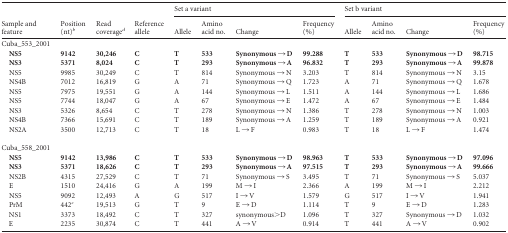
<table><thead><tr><td rowspan="2"><b>Sample and feature</b></td><td rowspan="2"><b>Position (nt)<sup><i>b</i></sup></b></td><td rowspan="2"><b>Read coverage<sup><i>d</i></sup></b></td><td rowspan="2"><b>Reference allele</b></td><td colspan="4"><b>Set a variant</b></td><td colspan="4"><b>Set b variant</b></td></tr><tr><td><b>Allele</b></td><td><b>Amino acid no.</b></td><td><b>Change</b></td><td><b>Frequency (%)</b></td><td><b>Allele</b></td><td><b>Amino acid no.</b></td><td><b>Change</b></td><td><b>Frequency (%)</b></td></tr></thead><tbody><tr><td>Cuba_553_2001</td><td></td><td></td><td></td><td></td><td></td><td></td><td></td><td></td><td></td><td></td><td></td></tr><tr><td><b>NS5</b></td><td><b>9142</b></td><td><b>30,246</b></td><td><b>C</b></td><td><b>T</b></td><td><b>533</b></td><td><b>Synonymous → D</b></td><td><b>99.288</b></td><td><b>T</b></td><td><b>533</b></td><td><b>Synonymous → D</b></td><td><b>98.715</b></td></tr><tr><td><b>NS3</b></td><td><b>5371</b></td><td><b>8,024</b></td><td><b>C</b></td><td><b>T</b></td><td><b>293</b></td><td><b>Synonymous → A</b></td><td><b>96.832</b></td><td><b>T</b></td><td><b>293</b></td><td><b>Synonymous → A</b></td><td><b>99.878</b></td></tr><tr><td>NS5</td><td>9985</td><td>30,249</td><td>C</td><td>T</td><td>814</td><td>Synonymous → N</td><td>3.203</td><td>T</td><td>814</td><td>Synonymous → N</td><td>3.15</td></tr><tr><td>NS4B</td><td>7012</td><td>16,819</td><td>G</td><td>A</td><td>71</td><td>Synonymous → Q</td><td>1.723</td><td>A</td><td>71</td><td>Synonymous → Q</td><td>1.678</td></tr><tr><td>NS5</td><td>7975</td><td>19,551</td><td>G</td><td>A</td><td>144</td><td>Synonymous → L</td><td>1.511</td><td>A</td><td>144</td><td>Synonymous → L</td><td>1.686</td></tr><tr><td>NS5</td><td>7744</td><td>18,047</td><td>G</td><td>A</td><td>67</td><td>Synonymous → E</td><td>1.472</td><td>A</td><td>67</td><td>Synonymous → E</td><td>1.484</td></tr><tr><td>NS3</td><td>5326</td><td>8,654</td><td>C</td><td>T</td><td>278</td><td>Synonymous → N</td><td>1.386</td><td>T</td><td>278</td><td>Synonymous → N</td><td>1.003</td></tr><tr><td>NS4B</td><td>7366</td><td>15,691</td><td>C</td><td>T</td><td>189</td><td>Synonymous → A</td><td>1.259</td><td>T</td><td>189</td><td>Synonymous → A</td><td>0.921</td></tr><tr><td>NS2A</td><td>3500</td><td>12,713</td><td>C</td><td>T</td><td>18</td><td>L → F</td><td>0.983</td><td>T</td><td>18</td><td>L → F</td><td>1.474</td></tr><tr><td>Cuba_558_2001</td><td></td><td></td><td></td><td></td><td></td><td></td><td></td><td></td><td></td><td></td><td></td></tr><tr><td><b>NS5</b></td><td><b>9142</b></td><td><b>13,986</b></td><td><b>C</b></td><td><b>T</b></td><td><b>533</b></td><td><b>Synonymous → D</b></td><td><b>98.963</b></td><td><b>T</b></td><td><b>533</b></td><td><b>Synonymous → D</b></td><td><b>97.096</b></td></tr><tr><td><b>NS3</b></td><td><b>5371</b></td><td><b>18,626</b></td><td><b>C</b></td><td><b>T</b></td><td><b>293</b></td><td><b>Synonymous → A</b></td><td><b>97.515</b></td><td><b>T</b></td><td><b>293</b></td><td><b>Synonymous → A</b></td><td><b>99.666</b></td></tr><tr><td>NS2B</td><td>4315</td><td>27,529</td><td>C</td><td>T</td><td>71</td><td>Synonymous → S</td><td>3.495</td><td>T</td><td>71</td><td>Synonymous → S</td><td>5.037</td></tr><tr><td>E</td><td>1510</td><td>24,416</td><td>G</td><td>A</td><td>199</td><td>M → I</td><td>2.366</td><td>A</td><td>199</td><td>M → I</td><td>2.212</td></tr><tr><td>NS5</td><td>9092</td><td>12,493</td><td>A</td><td>G</td><td>517</td><td>I → V</td><td>1.579</td><td>G</td><td>517</td><td>I → V</td><td>1.941</td></tr><tr><td>PrM</td><td>442<sup><i>c</i></sup></td><td>19,513</td><td>G</td><td>T</td><td>9</td><td>E → D</td><td>1.114</td><td>T</td><td>9</td><td>E → D</td><td>1.283</td></tr><tr><td>NS1</td><td>3373</td><td>18,492</td><td>C</td><td>T</td><td>327</td><td>synonymous&gt;D</td><td>1.096</td><td>T</td><td>327</td><td>Synonymous → D</td><td>1.032</td></tr><tr><td>E</td><td>2235</td><td>30,874</td><td>C</td><td>T</td><td>441</td><td>A → V</td><td>0.914</td><td>T</td><td>441</td><td>A → V</td><td>0.902</td></tr></tbody></table>